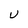
Character: U